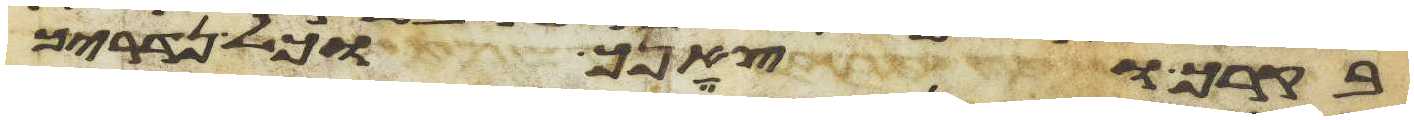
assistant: בקרך וצאנך וכל נדריך